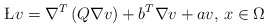
\begin{align*} \L v = \nabla^T\left(Q\nabla v\right) + b^T\nabla v + av,\,x\in\Omega\end{align*}